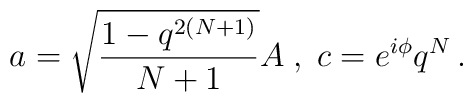
a=\sqrt {\frac {1-q^{2(N+1)} } {N+1}  }A  \; , \; c=e^{i \phi}q^{N}\,.